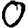
Digit: 0